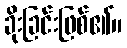
ခိုးခြင်းဖြစ်၏။